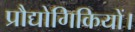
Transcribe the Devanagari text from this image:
प्रौद्योगिकियों।